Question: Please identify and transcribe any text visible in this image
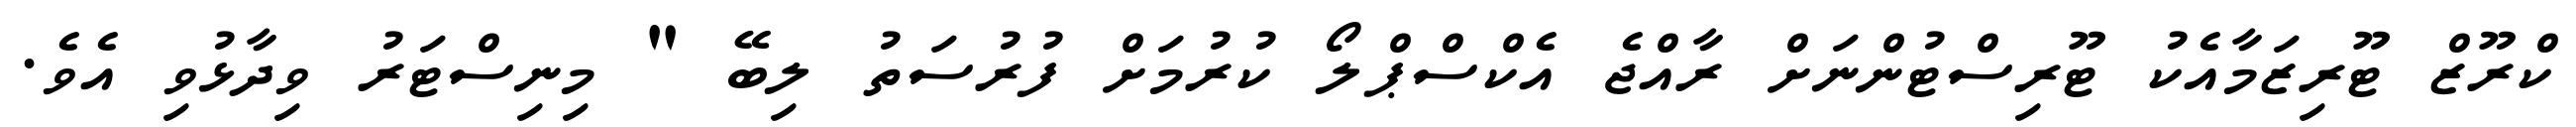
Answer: ކްރޫޒް ޓޫރިޒަމާއެކު ޓޫރިސްޓުންނަށް ރާއްޖެ އެކްސްޕްލޯ ކުރުމަށް ފުރުސަތު ލިބޭ " މިނިސްޓަރު ވިދާޅުވި އެވެ.